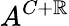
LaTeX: A^{C+\mathbb{R}}